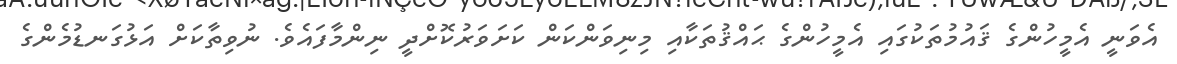
އެވަނީ އެމީހުންގެ ޤައުމުތަކުގައި އެމީހުންގެ ޙައްޤުތަކާއި މިނިވަންކަން ކަށަވަރުކޮށްދީ ނިންމާފައެވެ. ނުވިތާކަށް އަޅުގަނޑުމެންގެ